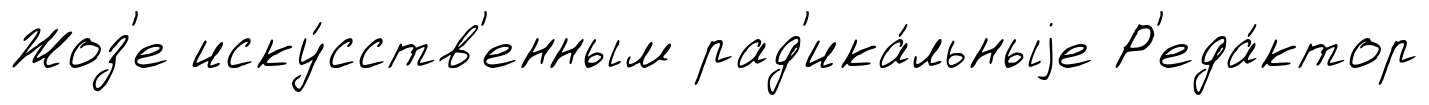
Жоз'е иску́сств'енным рад'ика́льныjе Р'еда́ктор